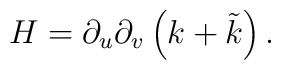
H = \partial_u \partial_v \left( k + \tilde{k} \right) .